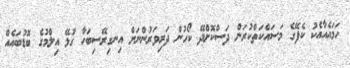
ހަމައެއާއެކު ކެފޭގެ މަސައްކަތްކުރަން ދަސްކޮށްދޭ ކޯހުން ދަރިވަރުންނަށް އިނގިރޭސިބަހާ ގުޅޭ އިލްމުގެ ބޮޑުބައެއް